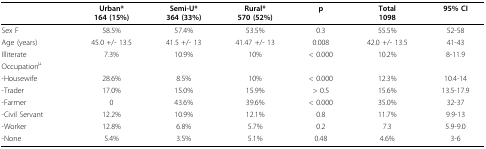
<table><thead><tr><td></td><td><b>Urban*164 (15%)</b></td><td><b>Semi-U*364 (33%)</b></td><td><b>Rural*570 (52%)</b></td><td><b>p</b></td><td><b>Total1098</b></td><td><b>95% CI</b></td></tr></thead><tbody><tr><td>Sex F</td><td>58.5%</td><td>57.4%</td><td>53.5%</td><td>0.3</td><td>55.5%</td><td>52-58</td></tr><tr><td>Age (years)</td><td>45.0 +/- 13.5</td><td>41.5 +/- 13</td><td>41.47 +/- 13</td><td>0.008</td><td>42.0 +/- 13.5</td><td>41-43</td></tr><tr><td>Illiterate</td><td>7.3%</td><td>10.9%</td><td>10%</td><td>&lt; 0.000</td><td>10.2%</td><td>8-11.9</td></tr><tr><td>Occupation<sup>μ</sup></td><td></td><td></td><td></td><td></td><td></td><td></td></tr><tr><td>-Housewife</td><td>28.6%</td><td>8.5%</td><td>10%</td><td>&lt; 0.000</td><td>12.3%</td><td>10.4-14</td></tr><tr><td>-Trader</td><td>17.0%</td><td>15.0%</td><td>15.9%</td><td>&gt; 0.5</td><td>15.6%</td><td>13.5-17.9</td></tr><tr><td>-Farmer</td><td>0</td><td>43.6%</td><td>39.6%</td><td>&lt; 0.000</td><td>35.0%</td><td>32-37</td></tr><tr><td>-Civil Servant</td><td>12.2%</td><td>10.9%</td><td>12.1%</td><td>0.8</td><td>11.7%</td><td>9.9-13</td></tr><tr><td>-Worker</td><td>12.8%</td><td>6.8%</td><td>5.7%</td><td>0.2</td><td>7.3</td><td>5.9-9.0</td></tr><tr><td>-None</td><td>5.4%</td><td>3.5%</td><td>5.1%</td><td>0.48</td><td>4.6%</td><td>3-6</td></tr></tbody></table>